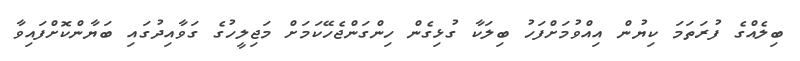
ބިލެއްގެ ފުރަތަމަ ކިޔުން އިއްވުމަށްފަހު ބިލަކާ ގުޅިގެން ހިންގަންޖެހޭކަމަށް މަޖިލީހުގެ ގަވާއިދުގައި ބަޔާންކޮށްފައިވާ